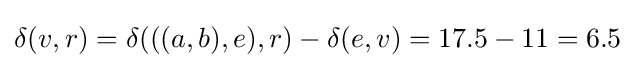
\delta (v,r)=\delta (((a,b),e),r)-\delta (e,v)=17.5-11=6.5